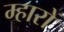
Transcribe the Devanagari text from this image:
म्हारों